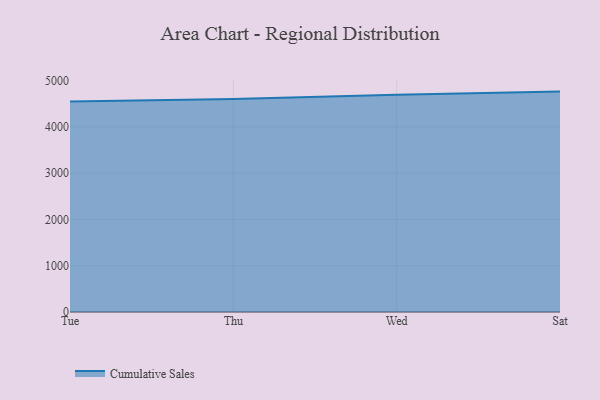
{"axis": {"x": "Day", "y": "Budget (USD K)"}, "legend": ["Cumulative Sales"], "data": [{"x": "Tue", "y": 4552.6, "type": "Cumulative Sales"}, {"x": "Thu", "y": 4601.9, "type": "Cumulative Sales"}, {"x": "Wed", "y": 4697.2, "type": "Cumulative Sales"}, {"x": "Sat", "y": 4764.2, "type": "Cumulative Sales"}]}